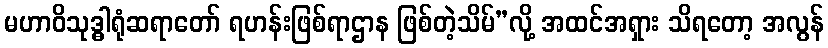
မဟာဝိသုဒ္ဓါရုံဆရာတော် ရဟန်းဖြစ်ရာဌာန ဖြစ်တဲ့သိမ်”လို့ အထင်အရှား သိရတော့ အလွန်